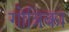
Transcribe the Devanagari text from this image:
गोत्रिका